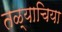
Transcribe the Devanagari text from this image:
तळ्याचिया